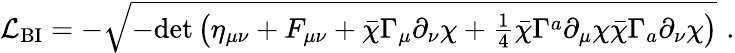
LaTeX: {\cal L}_{\mathrm{BI}}=-\sqrt{-\mathrm{det}\, \big(\eta_{\mu\nu}+F_{\mu\nu}+\bar{\chi}\Gamma_{\mu}\partial_{\nu}\chi+{\textstyle{\frac{1}{4}}}\bar{\chi}\Gamma^{a}\partial_{\mu}\chi\bar{\chi}\Gamma_{a}\partial_{\nu}\chi\big)}\, \, .